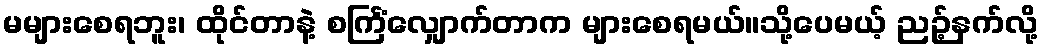
မများစေရဘူး၊ ထိုင်တာနဲ့ စင်္ကြံလျှောက်တာက များစေရမယ်။သို့ပေမယ့် ညဉ့်နက်လို့